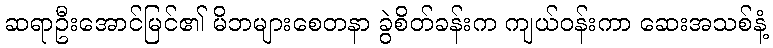
ဆရာဦးအောင်မြင်၏ မိဘများစေတနာ ခွဲစိတ်ခန်းက ကျယ်ဝန်းကာ ဆေးအသစ်နံ့